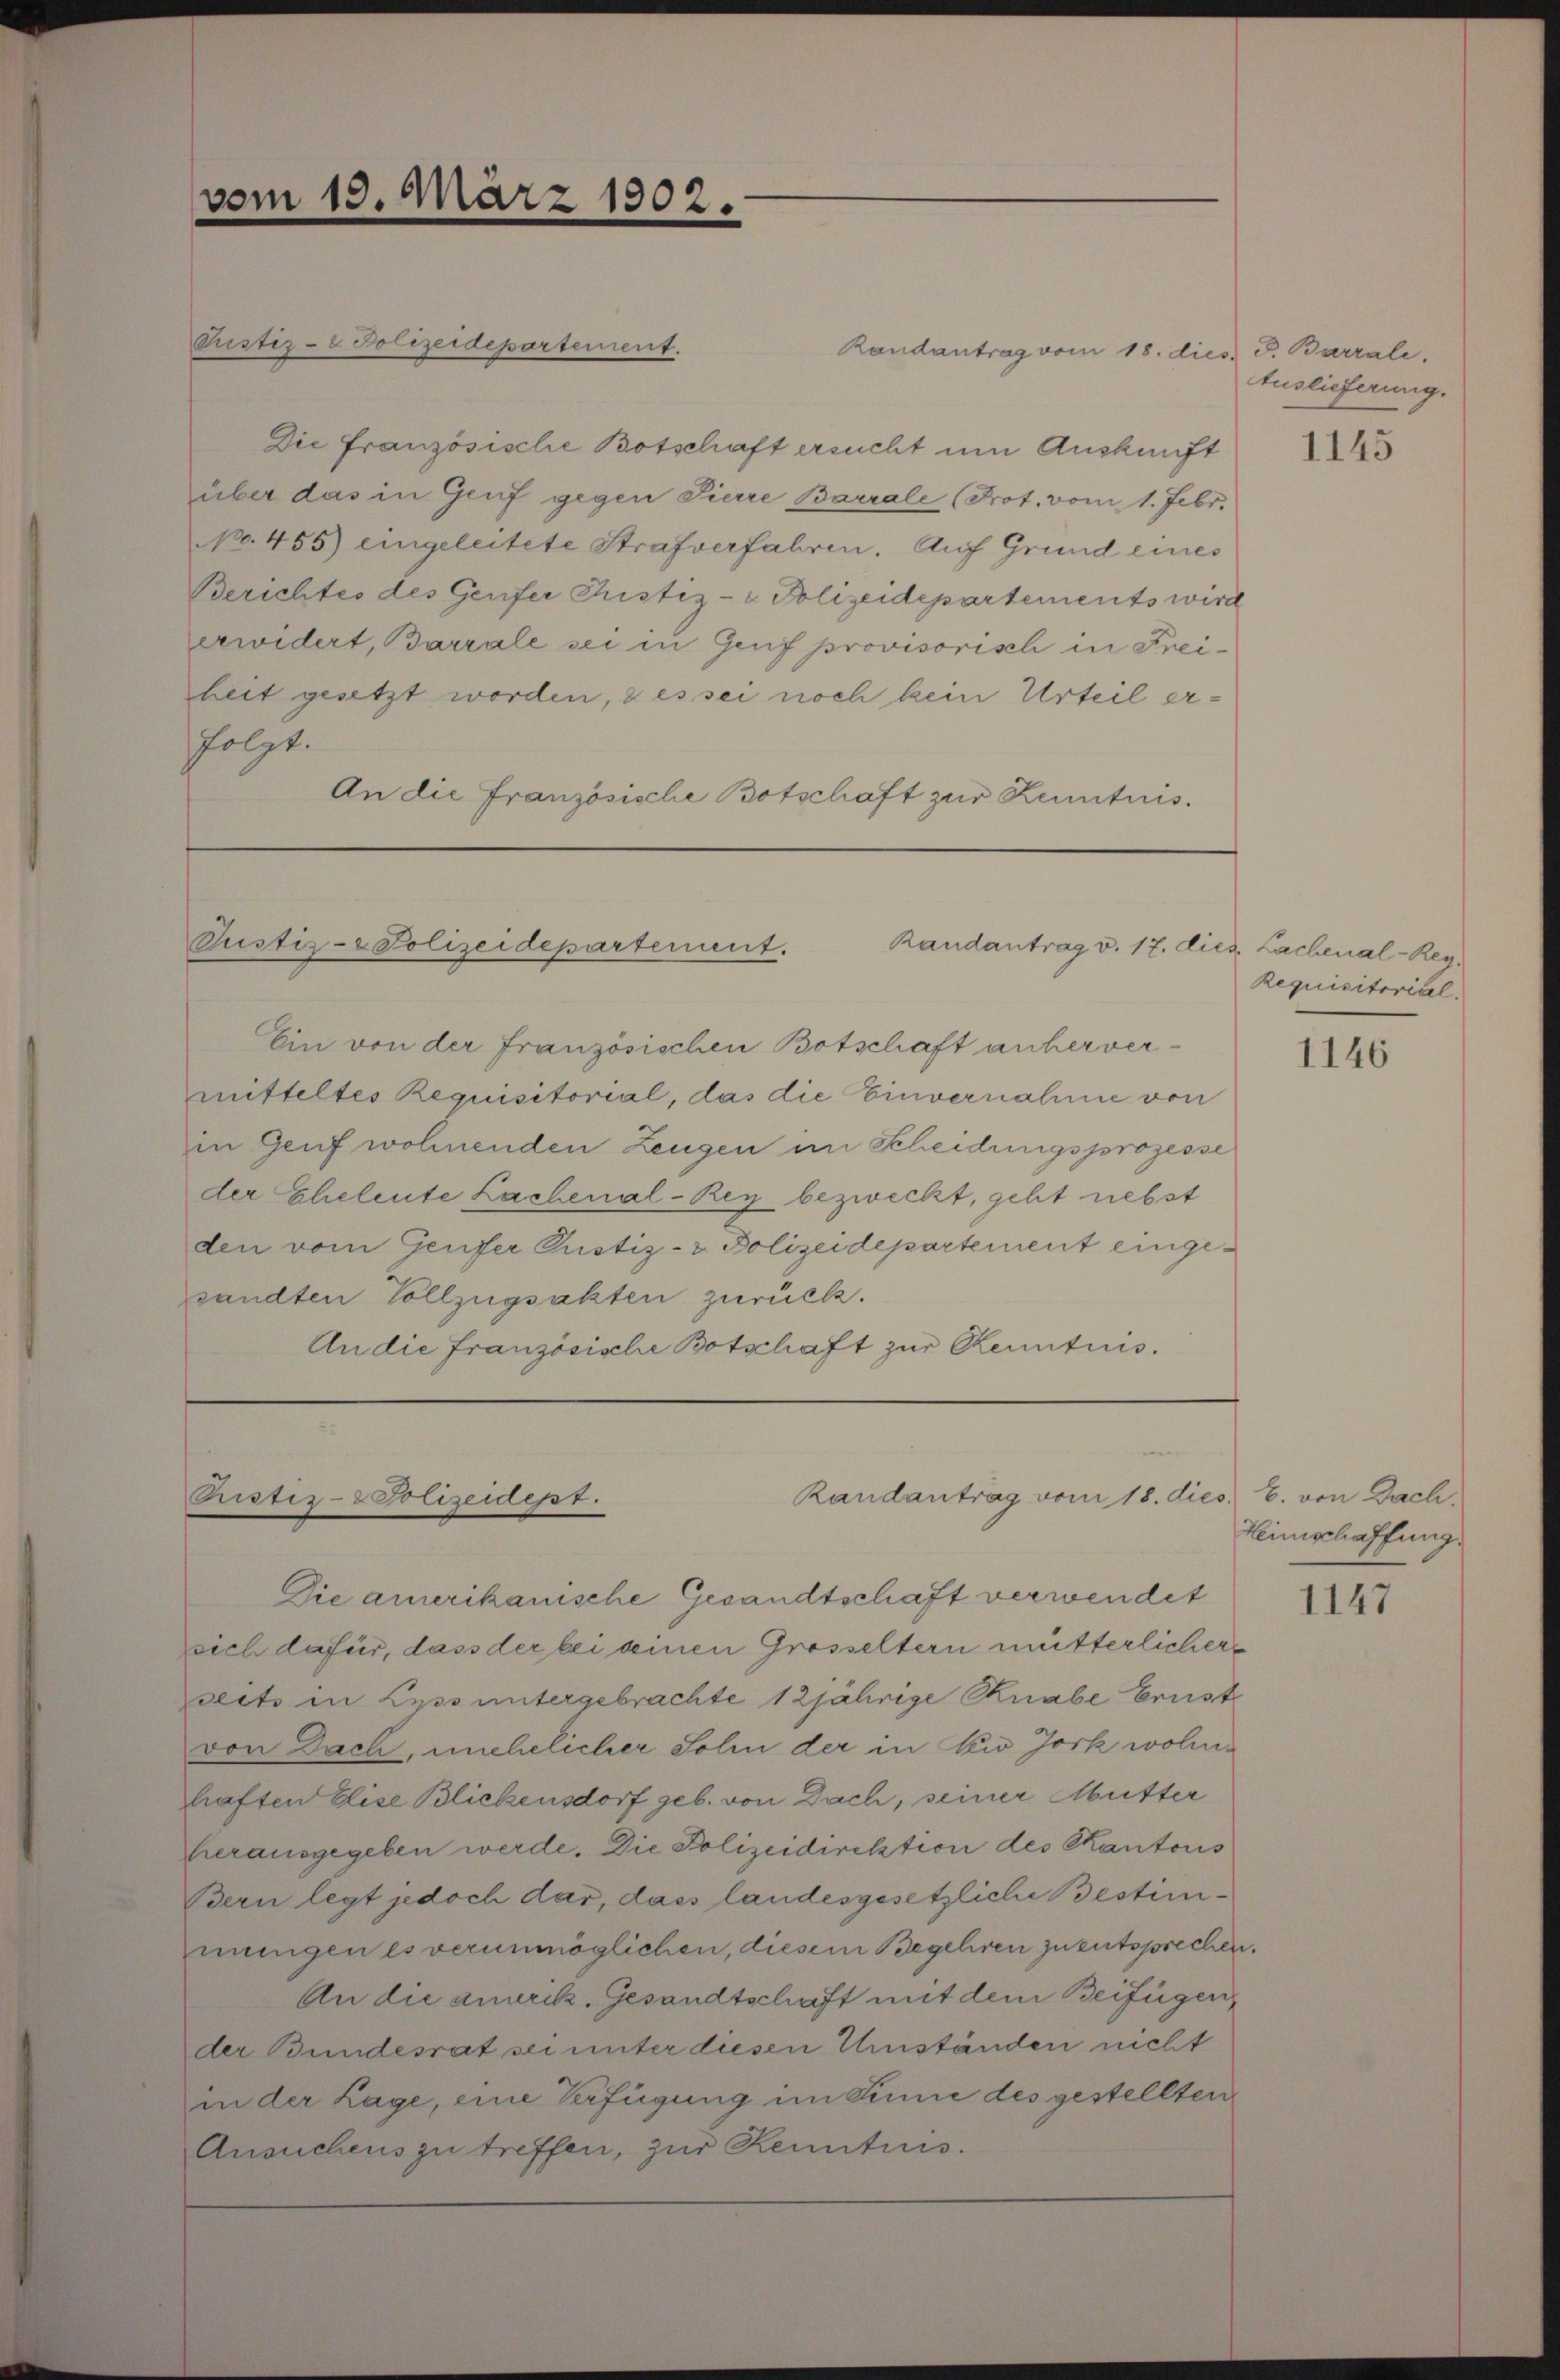
vom 15. März 1902.

Pustiz-Polizeidepartement.
Randantrag v. 17. die Lachenal-Rey¬

Rrister- Polizeidepartement.
Randantrag vom 18. dies d. Barrali.
Die Französische Botschaft ersucht um Auskunft
über das in Genf gegen Pierre Barrale (Prot. vom 1. Febr.
No. 455) eingeleitete Strafverfahren. Auf Grund eines
Berichtes des Genfer Pustiz- & Polizeidepartements wird
erwidert, Barrale sei in Genf provisorisch in Freiheit gesetzt worden, & es sei noch kein Urteil erfolgt.
An die Französische Botschaft zur Kenntnis.

Ein von der Französischen Botschaft anher vermitteltes Requisitorial, das die Einvernahme von
in Genf wohnenden Zeugen im Scheidungsprozesse
der Eheleute Lachenal-Rey bezweckt, geht nebst
den vom Genfer Pustiz- & Polizeidepartement eingesandten Vollzugsakten zurück.
An die Französische Botschaft zur Kenntnis.

Randantrag vom 18. dies E. von Bach,
Ristis-Polizeidept.

Die amerikanische Gesandtschaft verwendet
sich dafür, dass der bei seinen Grosseltern mütterlichere
seits in Lyss untergebrachte 12jährige Knabe Ernst
von Dach, unehelicher Sohin der in New Jork wohinhaften Elise Blickensdorf geb. von Dach, seiner Mutter
herausgegeben werde. Die Polizeidirektion des Kantons
Bern legt jedoch dar, dass landesgesetzliche Bestimiungen es verunmöglichen, diesem Begehren zu entsprechen.
An die amerik. Gesandtschaft mit dem Beifügen,
der Bundesrat sei unter diesen Umständen nicht
in der Lage, eine Verfügung im Sinne des gestellten
Ansuchens zu treffen, zur Kenntnis.

Auslieferung.

1145

Requisitorial.

1146

Heimschaffung.

1147